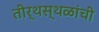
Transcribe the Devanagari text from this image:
तीर्थस्थळांची